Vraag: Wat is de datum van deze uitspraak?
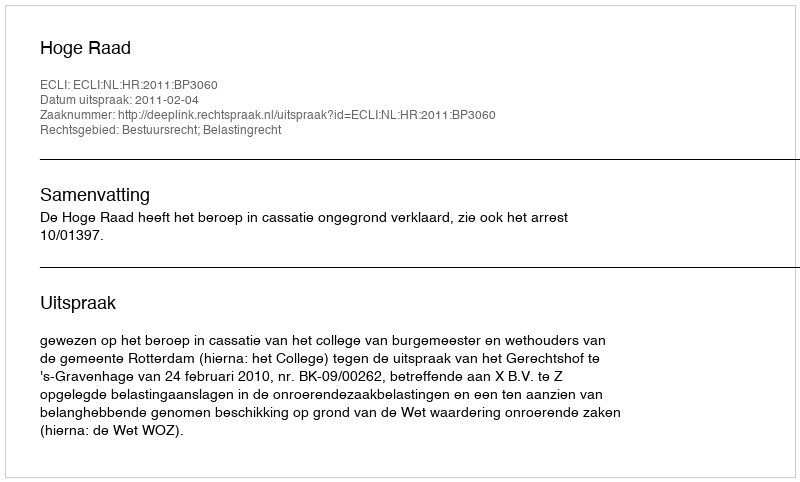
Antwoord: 2011-02-04